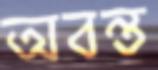
অবন্ত